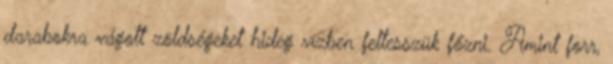
darabokra vágott zöldségeket hideg vízben feltesszük főzni. Amint forr,